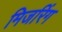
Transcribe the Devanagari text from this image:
मिजरिंग